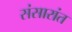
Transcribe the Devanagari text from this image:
संसारांत